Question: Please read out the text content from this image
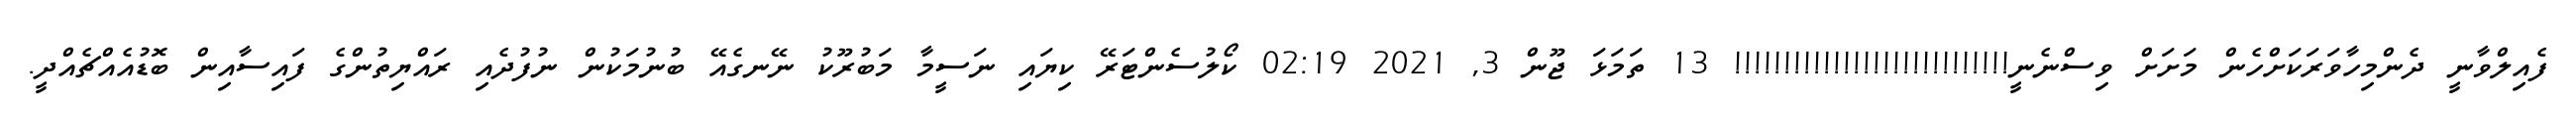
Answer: ފެއިލްވާނީ ދެންމިހާވަރަކަށްހެން މަށަށް ވިސްނެނީ!!!!!!!!!!!!!!!!!!!!!!!!!!!! 13 ތަމަޅަ ޖޫން 3, 2021 02:19 ކޯލުސެންޓަރޭ ކިޔައި ނަސީމާ މަބުރޫކު ނޭނގެއޭ ބުނުމަކުން ނުފުދެއި ރައްޔިތުންގެ ފައިސާއިން ބޮޑުއެއްޗެއްދީ.